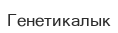
Генетикалык